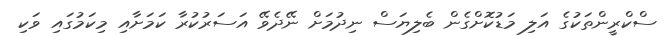
ސްކްރީންތަކުގެ އަލި މަޑުކޮށްގެން ބެލިޔަސް ނިދުމަށް ނޭދެވޭ އަސަރުކުރާ ކަމަށާއި މިކަމުގައި ވަކި